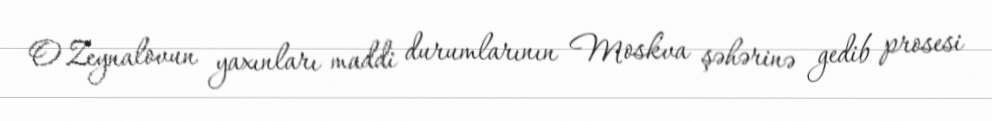
O.Zeynalovun yaxınları maddi durumlarının Moskva şəhərinə gedib prosesi